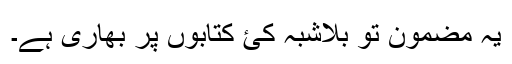
یہ مضمون تو بلاشبہ کئ کتابوں پر بھاری ہے۔